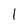
Character: 1